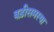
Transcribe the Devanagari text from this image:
बड़ीसमस्या